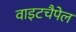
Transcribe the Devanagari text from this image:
वाइटचैपेल